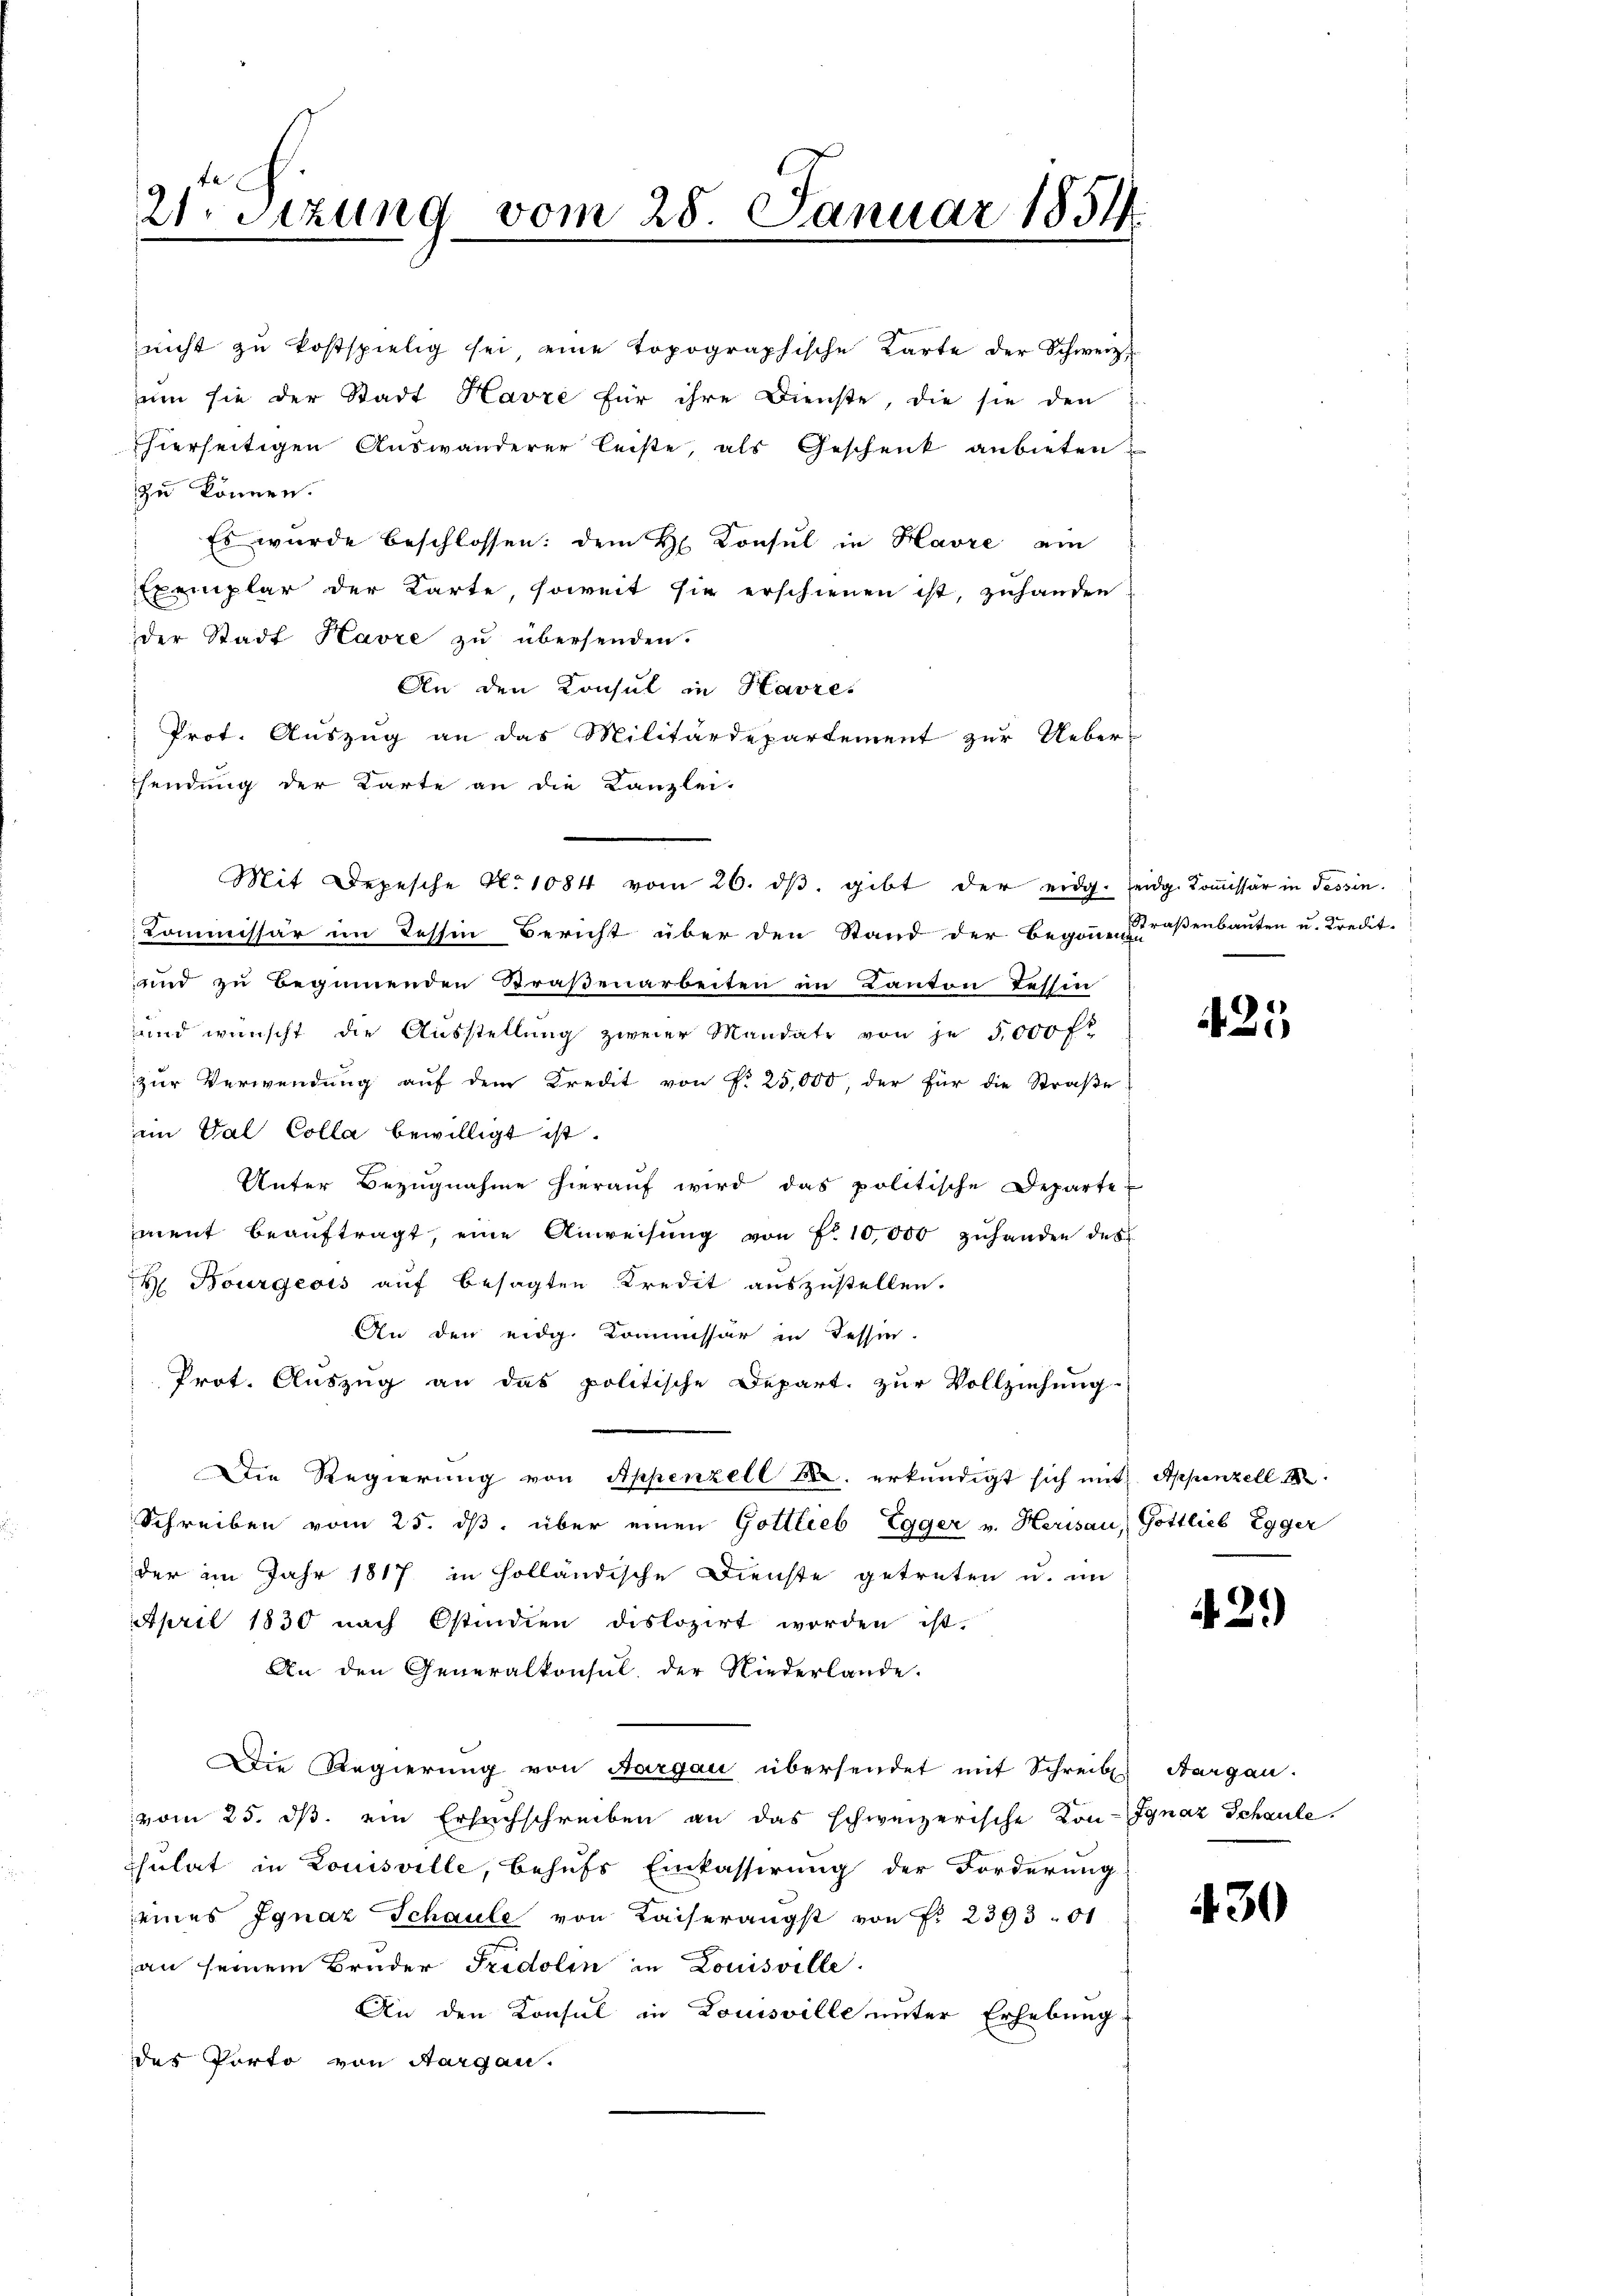
a
21. Sizung vom 28. Januar 1854

nicht zŭ kostspielig sei eine topographische Karte der Schweiz.
zum sie der Stadt Havre für ihre Dienste, die sie den
hierseitigen Auswanderer leiste, als Geschenk anbieten
zu können.
Es wurde beschlossen: dem H. Konsul in Havre ein
Exemplar der Karte, soweit sie erschienen ist, zuhanden
der Stadt Havre zu übersenden.
An den Konsul in Havres
Prot. Auszug an das Militärdepartement zur Ueber-
sendung der Karte an die Kanzlei-
Commissär im Tessin Bericht über den Stand der Begann saßenbauten u. Kredit-
und zu beginnenden Straßenarbeiten im Kanton Tessin
und wünscht die Ausstellŭng zweier Mandate von je 5,000 fl
zur Verwendung auf dem Kredit von N. 25,000, der für die Straße
ein Val Colla bewilligt ist.
Unter Bezŭgnahme hieraŭf wird das politische Departe
ment beaŭftragt, eine Anweisŭng von f. 10,000 zŭhanden des
H. Bourgeois auf besagten Kredit auszustellen.
An den eidg. Kommissär in Tessin.
Prot. Auszug an das politische Depart. zur Vollziehung
 Die Regierung von Appenzell 8. erkundigt sich mit Appenzell
Schreiben vom 25. dβ über einen Gottlieb Egger v. Herisau, Gottlieb Egger
der im Jahr 1817 in Holländische Dienste getreten u. im
April 1830 nach Ostindien dislozirt worden ist.
An den Generalkonsul, der Niederlande.
Die Regierung von Aargau übersendet mit Schreibe. Aargau.
vom 25. ds. ein Ersuchschreiben an das schweizerische Kon-Ignaz Schaute.
Chulat in Louisville, behufs Einkassirung der Forderung
seines Ignaz Schaule von Kaiserangst von Fr. 2393. 51
an seinem Bruder Fridolin in Louisville.
An den Konsul in Louisville unter Erhebung
des Porto von Aargau.

Mit Depesche No 1084 vom 26. dβ. gibt der eidg. seidg. Koṁissär in Tessin.

425

42.)

430